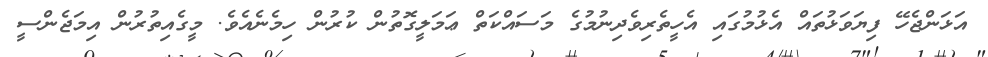
އަޅަންޖެހޭ ފިޔަވަޅުތައް އެޅުމުގައި އެހީތެރިވެދިނުމުގެ މަސައްކަތް ޢަމަލީގޮތުން ކުރުން ހިމެނެއެވެ. މީގެއިތުރުން އިމަޖެންސީ